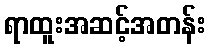
ရာထူးအဆင့်အတန်း